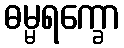
ဓမ္မရက္ခော